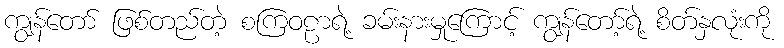
ကျွန်တော် ဖြစ်တည်တဲ့ စကြဝဠာရဲ့ ခမ်းနားမှုကြောင့် ကျွန်တော့်ရဲ့ စိတ်နှလုံးကို